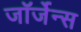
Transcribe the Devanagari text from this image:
जॉर्जेन्स